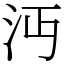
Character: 沔